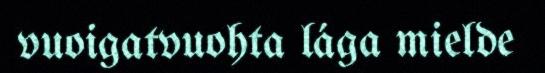
vuoigatvuohta lága mielde